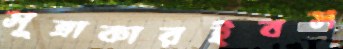
সূত্রাকারইবস